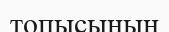
топысының